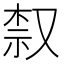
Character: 𫩀